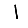
Digit: 1